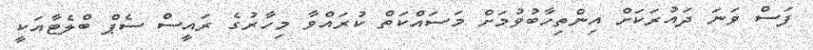
ފަސް ވަނަ ދައުރަކަށް އިންތިހާބުވުމަށް މަސައްކަތް ކުރައްވާ މިހާރުގެ ރައީސް ސެޕް ބްލެޓާއަކީ